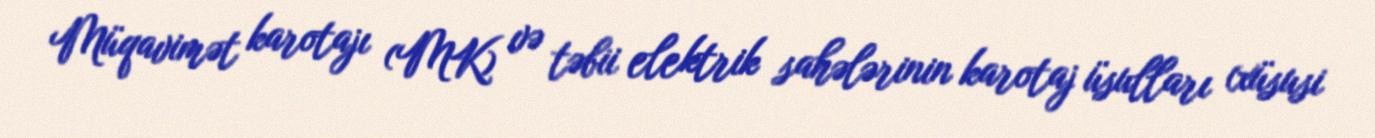
Müqavimət karotajı (MK) və təbii elektrik sahələrinin karotaj üsulları (xüsusi